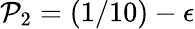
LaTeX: \mathcal{P}_{2}=(1/10)-\epsilon